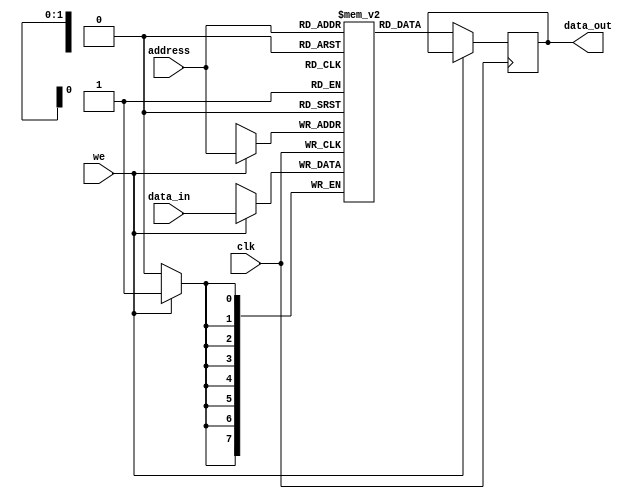
module SyncRAM(
	input we,
	input clk,
	input [1:0] address,
	input [7:0] data_in,
	output [7:0] data_out
	);

	reg [7:0] mem_data [0:3];
	reg [7:0] read_data;
	assign data_out = read_data;

	always @ (posedge clk)
	begin
		if(!we)
			read_data = mem_data[address];
		else
			mem_data[address] = data_in;
	end

endmodule